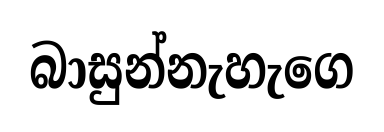
බාසුන්නැහැගෙ